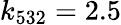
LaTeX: k_{532}=2.5